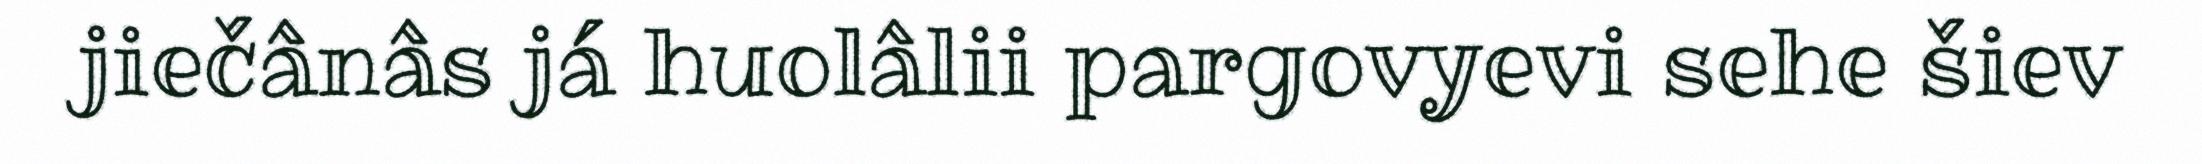
jiečânâs já huolâlii pargovyevi sehe šiev